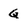
Character: Q